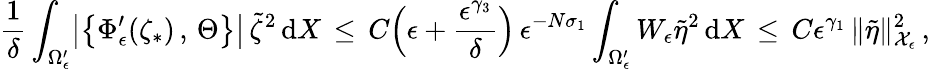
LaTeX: \frac{1}{\delta}\int_{\Omega_{\epsilon}^{\prime}}\bigl|\bigl\{ \Phi_{\epsilon}^{\prime}(\zeta_{*})\, ,\, \Theta\bigr\} \bigr|\, \tilde{\zeta}^{2}\, \mathrm{d}X\, \le\, C\Bigl(\epsilon+\frac{\epsilon^{\gamma_{3}}}{\delta}\Bigr)\, \epsilon^{-N\sigma_{1}}\int_{\Omega_{\epsilon}^{\prime}}W_{\epsilon}\tilde{\eta}^{2}\, \mathrm{d}X\, \le\, C\epsilon^{\gamma_{1}}\, \| \tilde{\eta}\| _{\mathcal{X}_{\epsilon}}^{2}\, ,